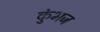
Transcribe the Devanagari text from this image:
कुंभज